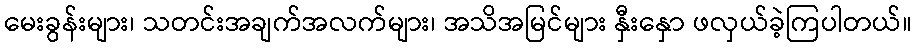
မေးခွန်းများ၊ သတင်းအချက်အလက်များ၊ အသိအမြင်များ နှီးနှော ဖလှယ်ခဲ့ကြပါတယ်။